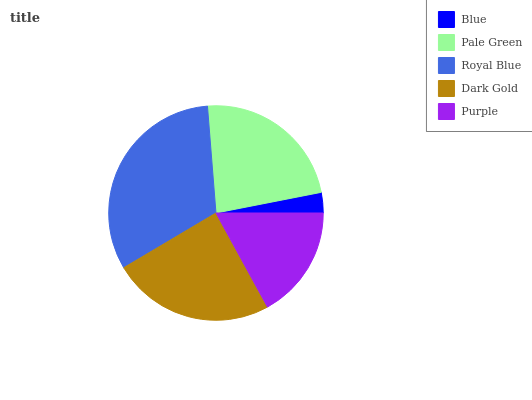
| Blue | Pale Green | Royal Blue | Dark Gold | Purple |
 | --- | --- | --- | --- | --- |
 | 3.08% | 23.2% | 32.3% | 24.5% | 17% |